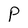
Character: P